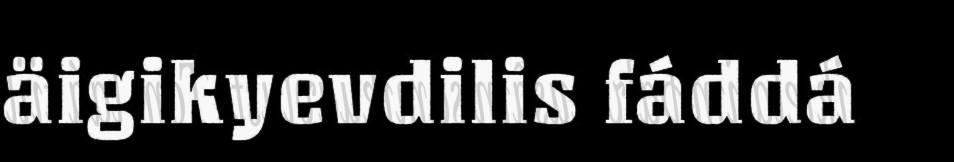
äigikyevdilis fáddá